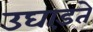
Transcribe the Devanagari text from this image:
उघाड़ते